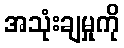
အသုံးချမှုကို